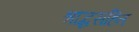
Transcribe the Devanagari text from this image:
श्राद्धसहित